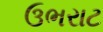
ઉભરાટ